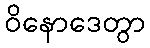
ဝိနောဒေတွာ